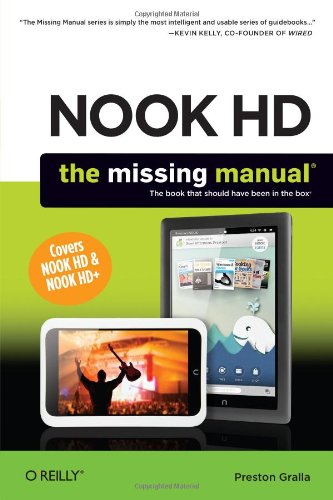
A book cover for NOOK HD: The Missing Manual (Missing Manuals); Preston Gralla; Computers & Technology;